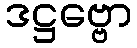
ဒဋ္ဌဗ္ဗော